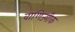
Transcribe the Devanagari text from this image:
वाणिज्यीक